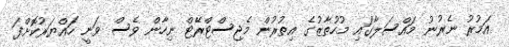
އަމުރު ނެރުނު މައްސަލާގައި މުހުތާޒުގެ އިތުރުން މެޖިސްޓްރޭޓް ނިހާން ވެސް ވަނީ ހައްޔަރުކޮށްފަ